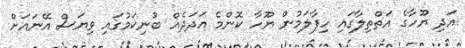
އަދި ޔޫހާގެ އަތްތިލާގައި ހިފާލަމުން ޔޫހާ ކޮންމެ އަދަދެއް ބުނިކަމުގައި ވިޔަސް އޭނައަށް